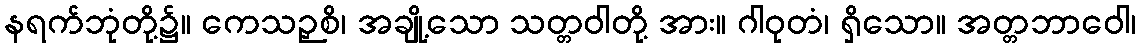
နရက်ဘုံတို့၌။ ကေသဉှစိ၊ အချို့သော သတ္တဝါတို့ အား။ ဂါဝုတံ၊ ရှိသော။ အတ္တဘာဝေါ၊